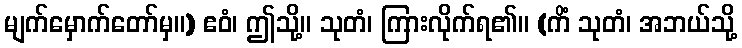
မျက်မှောက်တော်မှ။) ဧဝံ၊ ဤသို့။ သုတံ၊ ကြားလိုက်ရ၏။ (ကိံ သုတံ၊ အဘယ်သို့